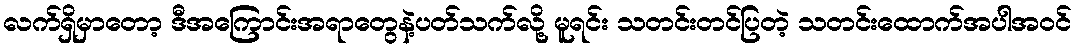
လက်ရှိမှာတော့ ဒီအကြောင်းအရာတွေနဲ့ပတ်သက်လို့ မူရင်း သတင်းတင်ပြတဲ့ သတင်းထောက်အပါအဝင်